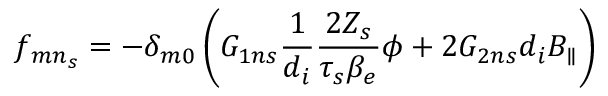
f _ { { m n } _ { s } } = - \delta _ { m 0 } \left( G _ { 1 n s } \frac { 1 } { d _ { i } } \frac { 2 Z _ { s } } { \tau _ { s } \beta _ { e } } \phi + 2 G _ { 2 n s } d _ { i } B _ { \parallel } \right)